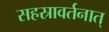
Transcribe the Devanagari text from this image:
सहस्रावर्तनात्‌